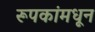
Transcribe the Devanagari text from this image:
रूपकांमधून